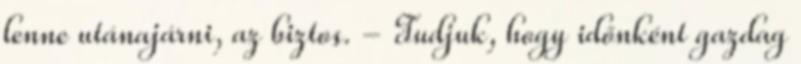
lenne utánajárni, az biztos. - Tudjuk, hogy időnként gazdag